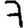
Digit: 7